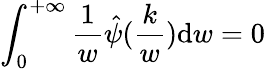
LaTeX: \int_{0}^{+\infty}\frac{1}{w}\hat{\psi}(\frac{k}{w})\mathrm{d}w=0